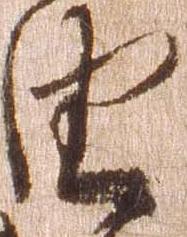
由